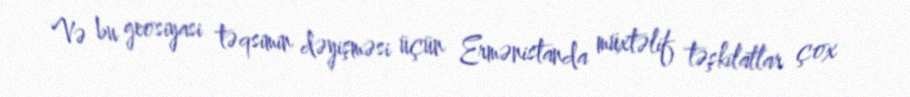
Və bu geosiyasi təqsimin dəyişməsi üçün Ermənistanda müxtəlif təşkilatlar çox